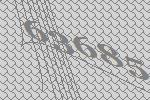
63685